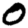
Digit: 0